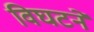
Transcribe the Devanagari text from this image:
विघटनें